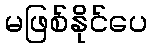
မဖြစ်နိုင်ပေ